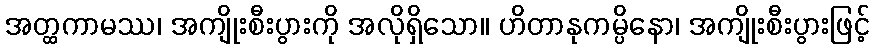
အတ္ထကာမဿ၊ အကျိုးစီးပွားကို အလိုရှိသော။ ဟိတာနုကမ္ပိနော၊ အကျိုးစီးပွားဖြင့်